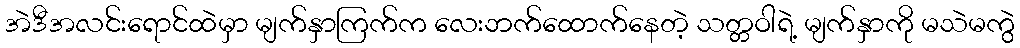
အဲဒီအလင်းရောင်ထဲမှာ မျက်နှာကြက်က လေးဘက်ထောက်နေတဲ့ သတ္တဝါရဲ့ မျက်နှာကို မသဲမကွဲ